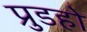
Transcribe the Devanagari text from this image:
प्रुडहो